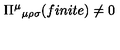
\Pi ^ { \mu } { } _ { \mu \rho \sigma } ( f i n i t e ) \neq 0